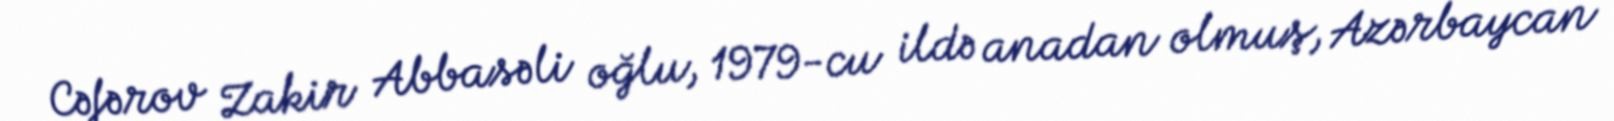
Cəfərov Zakir Abbasəli oğlu, 1979-cu ildə anadan olmuş, Azərbaycan